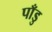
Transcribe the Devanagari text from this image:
पाँडु